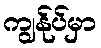
ကျွန်ုပ်မှာ